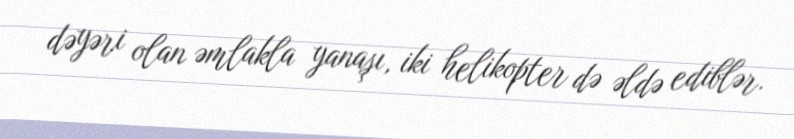
dəyəri olan əmlakla yanaşı, iki helikopter də əldə ediblər.